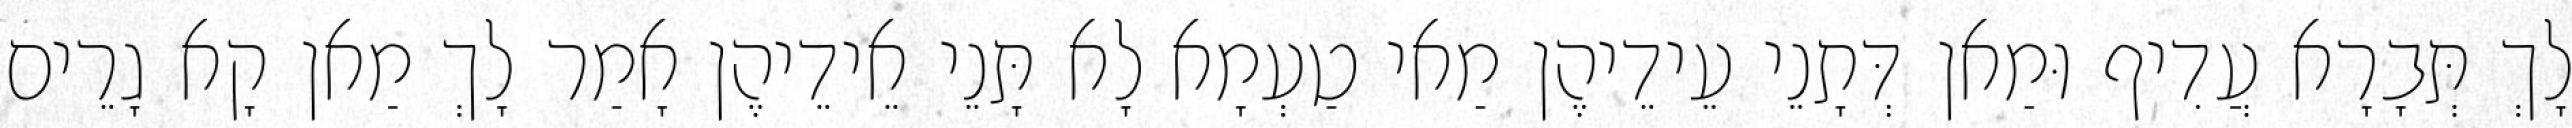
לָךְ תְּבָרָא עֲדִיף וּמַאן דְּתָנֵי עֵידֵיהֶן מַאי טַעְמָא לָא תָּנֵי אֵידֵיהֶן אָמַר לָךְ מַאן קָא גָרֵים